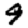
Digit: 9